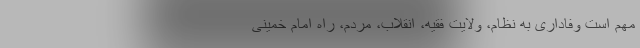
مهم است وفاداری به نظام، ولایت فقیه، انقلاب، مردم، راه امام خمینی